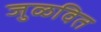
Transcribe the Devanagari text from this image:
जुळवित